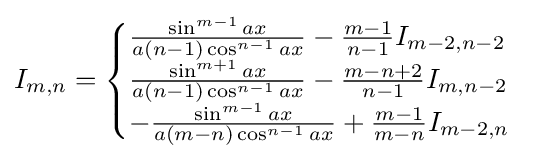
I_{m,n}={\begin{cases}{\frac {\sin ^{m-1}{ax}}{a(n-1)\cos ^{n-1}{ax}}}-{\frac {m-1}{n-1}}I_{m-2,n-2}\\{\frac {\sin ^{m+1}{ax}}{a(n-1)\cos ^{n-1}{ax}}}-{\frac {m-n+2}{n-1}}I_{m,n-2}\\-{\frac {\sin ^{m-1}{ax}}{a(m-n)\cos ^{n-1}{ax}}}+{\frac {m-1}{m-n}}I_{m-2,n}\\\end{cases}}\,\!